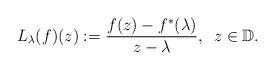
LaTeX: \begin{align*}L_{\lambda}(f)(z):= \frac{f(z)-f^*(\lambda)}{z-\lambda},\,\,\,z\in\mathbb D.\end{align*}